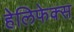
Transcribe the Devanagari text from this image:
हेलिफेक्स